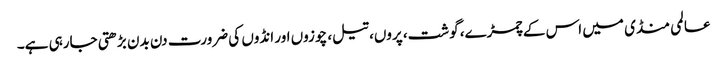
عالمی منڈی میں اس کے چمڑے، گوشت، پروں، تیل، چوزوں اور انڈوں کی ضرورت دن بدن بڑھتی جارہی ہے۔